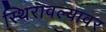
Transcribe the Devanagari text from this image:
स्थिरावल्यावर